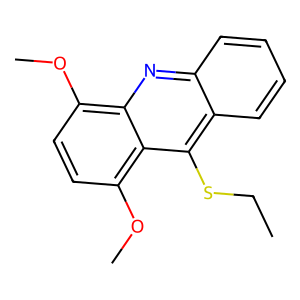
SMILES: CCSc1c2ccccc2nc2c(OC)ccc(OC)c12
Inhibits HIV replication: No